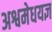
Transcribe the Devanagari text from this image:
अश्वमेधयज्ञ